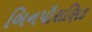
બિનપૌરાણિક